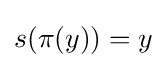
s(\pi (y))=y